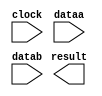
// megafunction wizard: %ALTFP_ADD_SUB%VBB%
// GENERATION: STANDARD
// VERSION: WM1.0
// MODULE: altfp_add_sub 

// ============================================================
// Megafunction Name(s):
// 			altfp_add_sub
//
// Simulation Library Files(s):
// 			lpm
// ============================================================
// ************************************************************
// THIS IS A WIZARD-GENERATED FILE. DO NOT EDIT THIS FILE!
//
// 18.1.0 Build 625 09/12/2018 SJ Standard Edition
// ************************************************************

//Copyright (C) 2018  Intel Corporation. All rights reserved.
//Your use of Intel Corporation's design tools, logic functions 
//and other software and tools, and its AMPP partner logic 
//functions, and any output files from any of the foregoing 
//(including device programming or simulation files), and any 
//associated documentation or information are expressly subject 
//to the terms and conditions of the Intel Program License 
//Subscription Agreement, the Intel Quartus Prime License Agreement,
//the Intel FPGA IP License Agreement, or other applicable license
//agreement, including, without limitation, that your use is for
//the sole purpose of programming logic devices manufactured by
//Intel and sold by Intel or its authorized distributors.  Please
//refer to the applicable agreement for further details.

module float_sub (
	clock,
	dataa,
	datab,
	result)/* synthesis synthesis_clearbox = 1 */;

	input	  clock;
	input	[31:0]  dataa;
	input	[31:0]  datab;
	output	[31:0]  result;

endmodule

// ============================================================
// CNX file retrieval info
// ============================================================
// Retrieval info: PRIVATE: FPM_FORMAT NUMERIC "0"
// Retrieval info: PRIVATE: INTENDED_DEVICE_FAMILY STRING "Cyclone IV E"
// Retrieval info: PRIVATE: SYNTH_WRAPPER_GEN_POSTFIX STRING "0"
// Retrieval info: PRIVATE: WIDTH_DATA NUMERIC "32"
// Retrieval info: LIBRARY: altera_mf altera_mf.altera_mf_components.all
// Retrieval info: CONSTANT: DENORMAL_SUPPORT STRING "NO"
// Retrieval info: CONSTANT: DIRECTION STRING "SUB"
// Retrieval info: CONSTANT: INTENDED_DEVICE_FAMILY STRING "Cyclone IV E"
// Retrieval info: CONSTANT: OPTIMIZE STRING "SPEED"
// Retrieval info: CONSTANT: PIPELINE NUMERIC "7"
// Retrieval info: CONSTANT: REDUCED_FUNCTIONALITY STRING "NO"
// Retrieval info: CONSTANT: WIDTH_EXP NUMERIC "8"
// Retrieval info: CONSTANT: WIDTH_MAN NUMERIC "23"
// Retrieval info: USED_PORT: clock 0 0 0 0 INPUT NODEFVAL "clock"
// Retrieval info: USED_PORT: dataa 0 0 32 0 INPUT NODEFVAL "dataa[31..0]"
// Retrieval info: USED_PORT: datab 0 0 32 0 INPUT NODEFVAL "datab[31..0]"
// Retrieval info: USED_PORT: result 0 0 32 0 OUTPUT NODEFVAL "result[31..0]"
// Retrieval info: CONNECT: @clock 0 0 0 0 clock 0 0 0 0
// Retrieval info: CONNECT: @dataa 0 0 32 0 dataa 0 0 32 0
// Retrieval info: CONNECT: @datab 0 0 32 0 datab 0 0 32 0
// Retrieval info: CONNECT: result 0 0 32 0 @result 0 0 32 0
// Retrieval info: GEN_FILE: TYPE_NORMAL float_sub.v TRUE
// Retrieval info: GEN_FILE: TYPE_NORMAL float_sub.inc FALSE
// Retrieval info: GEN_FILE: TYPE_NORMAL float_sub.cmp FALSE
// Retrieval info: GEN_FILE: TYPE_NORMAL float_sub.bsf FALSE
// Retrieval info: GEN_FILE: TYPE_NORMAL float_sub_inst.v FALSE
// Retrieval info: GEN_FILE: TYPE_NORMAL float_sub_bb.v TRUE
// Retrieval info: LIB_FILE: lpm